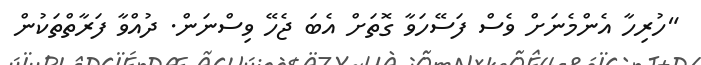
"ހުރިހާ އެންމެނަށް ވެސް ފަސޭހަވާ ގޮތަށް އެބަ ޖެހޭ ވިސްނަން. ދުއްވާ ފަރާތްތަކުން